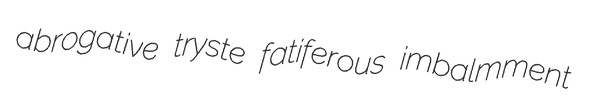
abrogative tryste fatiferous imbalmment